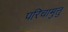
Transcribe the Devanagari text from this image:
परिचामुत्तु